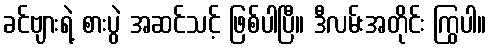
ခင်ဗျားရဲ့ စားပွဲ အဆင်သင့် ဖြစ်ပါပြီ။ ဒီလမ်းအတိုင်း ကြွပါ။